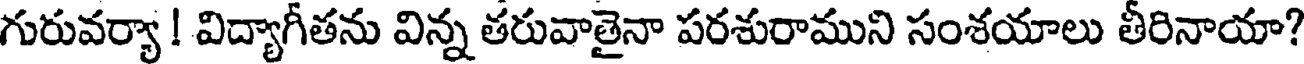
గురువర్యా ! విద్యాగీతను విన్న తరువాతైనా పరశురాముని సంశయాలు తీరినాయా?